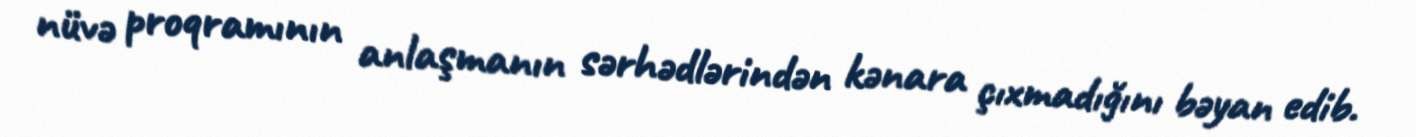
nüvə proqramının anlaşmanın sərhədlərindən kənara çıxmadığını bəyan edib.